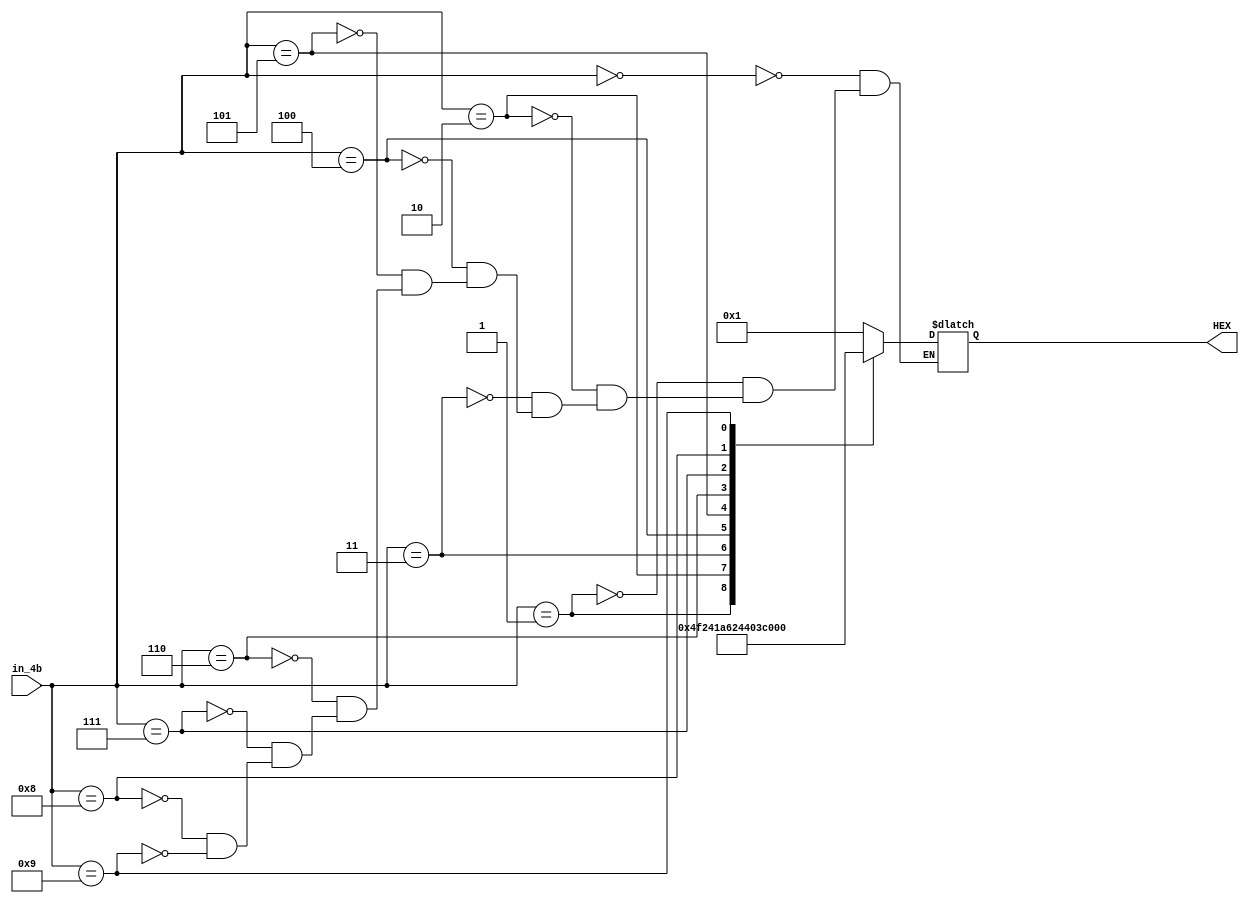
// display led 7 doan
module b2d_display(in_4b, HEX);
	input [3:0] in_4b;
	output reg [6:0] HEX;
	always @(in_4b)
		case(in_4b)
			4'b0000:HEX=7'b0000001;
			4'b0001:HEX=7'b1001111;
			4'b0010:HEX=7'b0010010;
			4'b0011:HEX=7'b0000110;
			4'b0100:HEX=7'b1001100;
			4'b0101:HEX=7'b0100100;
			4'b0110:HEX=7'b0100000;
			4'b0111:HEX=7'b0001111;
			4'b1000:HEX=7'b0000000;
			4'b1001:HEX=7'b0001100;
		endcase
endmodule